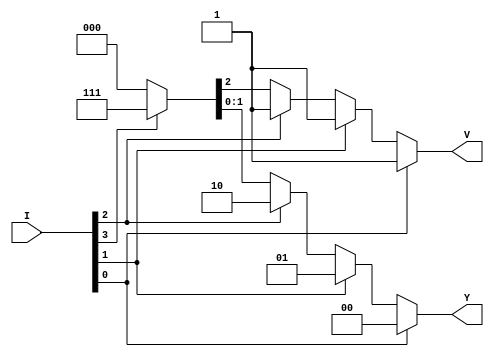
`timescale 1ns / 1ps
//////////////////////////////////////////////////////////////////////////////////
// Company: 
// Engineer: 
// 
// Design Name: 
// Module Name: priorityencoder
// Project Name: 
// Target Devices: 
// Tool Versions: 
// Description: 
// 
// Dependencies: 
// 
// Revision:
// Revision 0.01 - File Created
// Additional Comments:
// 
//////////////////////////////////////////////////////////////////////////////////


module priorityencoder(Y,V,I);
input [3:0] I;
output reg [1:0] Y;
output reg V;//This is a single bit that indicates whether any input is active. It's often referred to as the "valid" signal.
always @ *
begin
if(I[0]) {V,Y}=3'b100;
else if (I[1]) {V,Y}=3'b101;
else if (I[2]) {V,Y}=3'b110;
else if (I[3]) {V,Y}=3'b111;
else  {V,Y}=3'b000;
end

endmodule